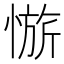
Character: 𱟀